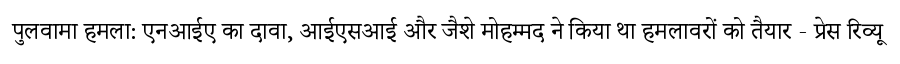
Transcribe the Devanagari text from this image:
पुलवामा हमला: एनआईए का दावा, आईएसआई और जैशे मोहम्मद ने किया था हमलावरों को तैयार - प्रेस रिव्यू